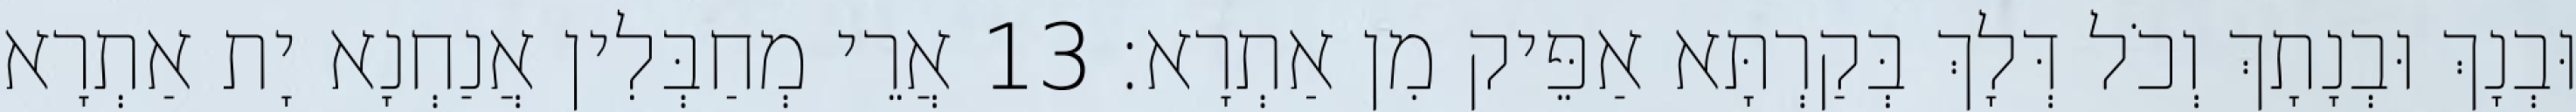
וּבְנָךְ וּבְנָתָךְ וְכֹל דְּלָךְ בְּקַרְתָּא אַפֵּיק מִן אַתְרָא׃ 13 אֲרֵי מְחַבְּלִין אֲנַחְנָא יָת אַתְרָא